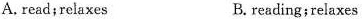
A. read;reiaxes B. reading;relaxes